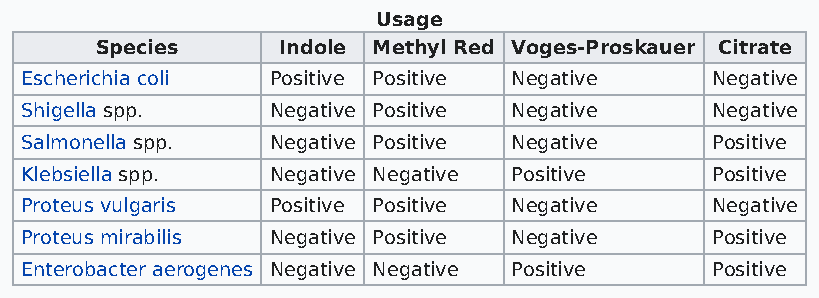
Usage
 Species     Indole Methyl Red Voges-Proskauer Citrate
 Escherichia coli Positive Positive Negative   Negative
 Shigella spp.    Negative Positive Negative   Negative
 Salmonella spp.  Negative Positive Negative   Positive
 Klebsiella spp.  Negative Negative Positive   Positive
 Proteus vulgaris Positive Positive Negative   Negative
 Proteus mirabilis Negative Positive Negative  Positive
 Enterobacter aerogenes Negative Negative Positive Positive